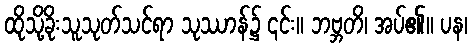
ထိုသို့ခိုးသူသုတ်သင်ရာ သုဿာန်၌ ၎င်း။ ဘဗ္ဘတိ၊ အပ်၏။ ပန၊